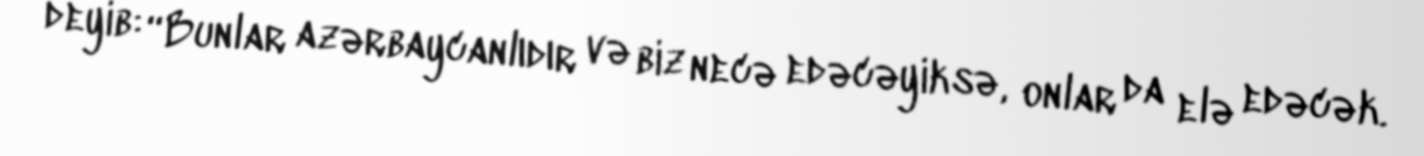
deyib: “Bunlar azərbaycanlıdır və biz necə edəcəyiksə, onlar da elə edəcək.